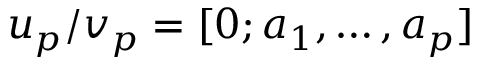
u _ { p } / v _ { p } = [ 0 ; a _ { 1 } , \ldots , a _ { p } ]